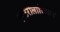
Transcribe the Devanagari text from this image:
एस्टरोलोजिकल